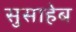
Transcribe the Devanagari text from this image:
सुसाहेब